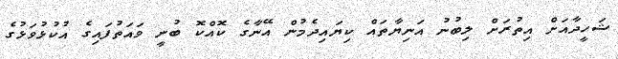
ޝަހީދާއަށް އިތުރަށް ލިބުނު އަނިޔާތައް ކިޔައިދެމުން އޭނާގެ ކޮއްކޮ ބުނީ ވައަތުފައިގެ އުކުޅުވަޅުގެ